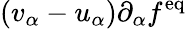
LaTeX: (v_{\alpha}-u_{\alpha})\partial_{\alpha}f^{\mathrm{eq}}